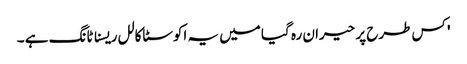
' کس طرح پر حیران رہ گیا میں یہ اکوسٹاکالل ریسناٹانگ ہے ۔